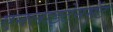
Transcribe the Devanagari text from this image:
एनलाइटेनमेंट